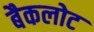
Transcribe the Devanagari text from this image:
बैकलोट